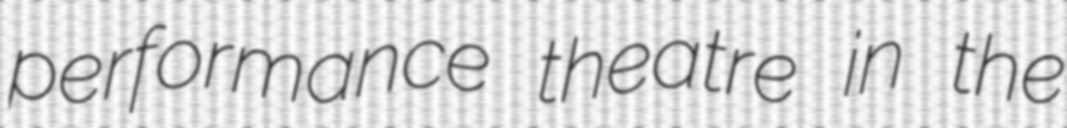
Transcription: performance theatre in the